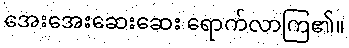
အေးအေးဆေးဆေး ရောက်လာကြ၏။